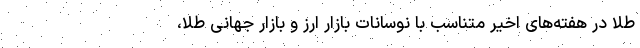
طلا در هفته‌های اخیر متناسب با نوسانات بازار ارز و بازار جهانی طلا،